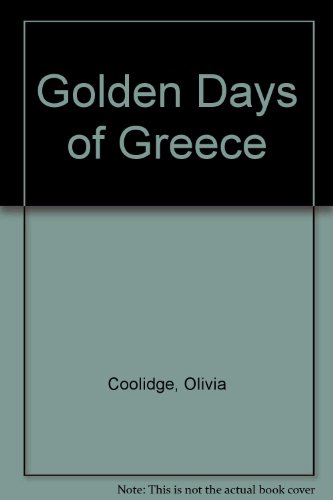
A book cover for Golden Days of Greece; Olivia Coolidge; History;